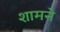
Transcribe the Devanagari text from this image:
शामने